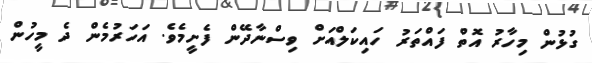
ގުޅުން މިހާރު އޮތް ފައްތަރު ހައިކަލްއަށް ވިސްނާދޭން ފެށީމެވެ. އަހަރުމެން ދެ މީހުން